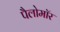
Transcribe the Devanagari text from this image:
पैलोमॉर